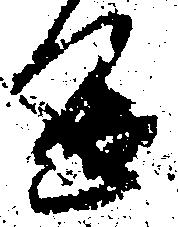
進